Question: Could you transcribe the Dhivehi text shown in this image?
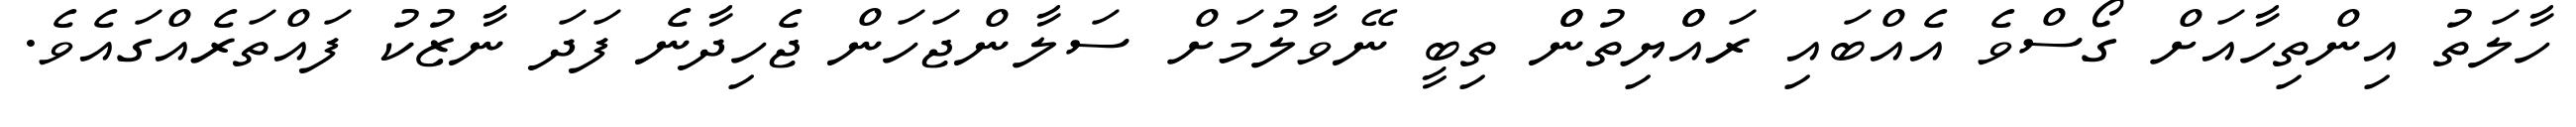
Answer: ހާލަތު އިންތިހާއަށް ގޯސްވެ އެއްބައި ރައްްޔިތުންް ތިބީ ނޭވާލުމަށް ސަލާންޖަހަން ޖެހިދާނެ ފަދަ ނާޒުކު ފައްތަރެއްގައެވެ.